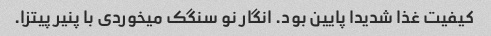
کیفیت غذا شدیدا پایین بود. انگار نو سنگک میخوردی با پنیر پیتزا.